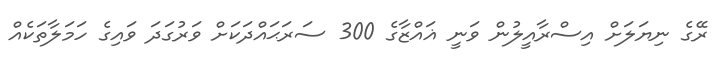
ރޭގެ ނިޔަަލަށް އިސްރާއީލުން ވަނީ ޣައްޒާގެ 300 ސަރަޙައްދަކަށް ވަރުގަދަ ވައިގެ ހަމަލާތަކެއް